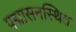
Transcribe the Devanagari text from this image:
पद्मासनस्थित